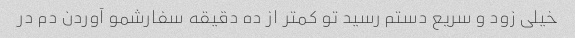
خیلی زود و سریع دستم رسید تو کمتر از ده دقیقه سفارشمو آوردن دم در